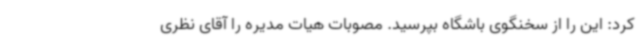
کرد:‌ این را از سخنگوی باشگاه بپرسید. مصوبات هیات مدیره را آقای نظری